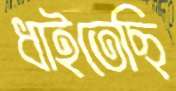
ধাইতেছি